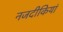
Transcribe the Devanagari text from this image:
नजदीकियां